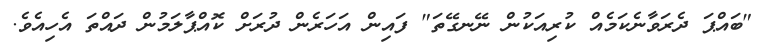
"ބައްޕަ ދެރަވާނެކަމެއް ކުރިއަކުން ނޭނގޭތަ" ފައިން އަހަރެން ދުރަށް ކޮއްޕާލަމުން ދައްތަ އެހިއެވެ.